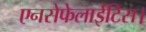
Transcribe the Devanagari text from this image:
एनसेफेलाईटिस।